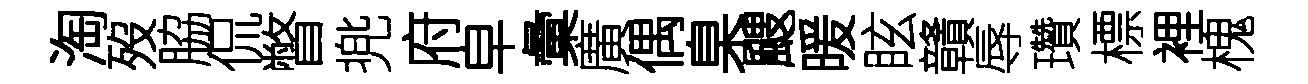
淘歿脇侃瞥兠府皁彙廣偶臬颼暖眩贛辱瓚標裡槐